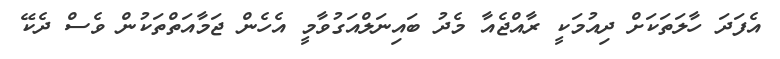
އެފަދަ ހާލަތަކަށް ދިއުމަކީ ރާއްޖެއާ މެދު ބައިނަލްއަގުވާމީ އެހެން ޖަމާއަތްތަކުން ވެސް ދެކޭ